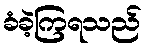
ခံခဲ့ကြရသည်